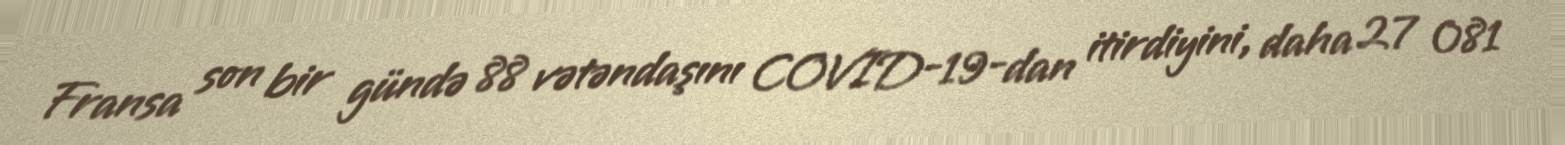
Fransa son bir gündə 88 vətəndaşını COVID-19-dan itirdiyini, daha 27 081